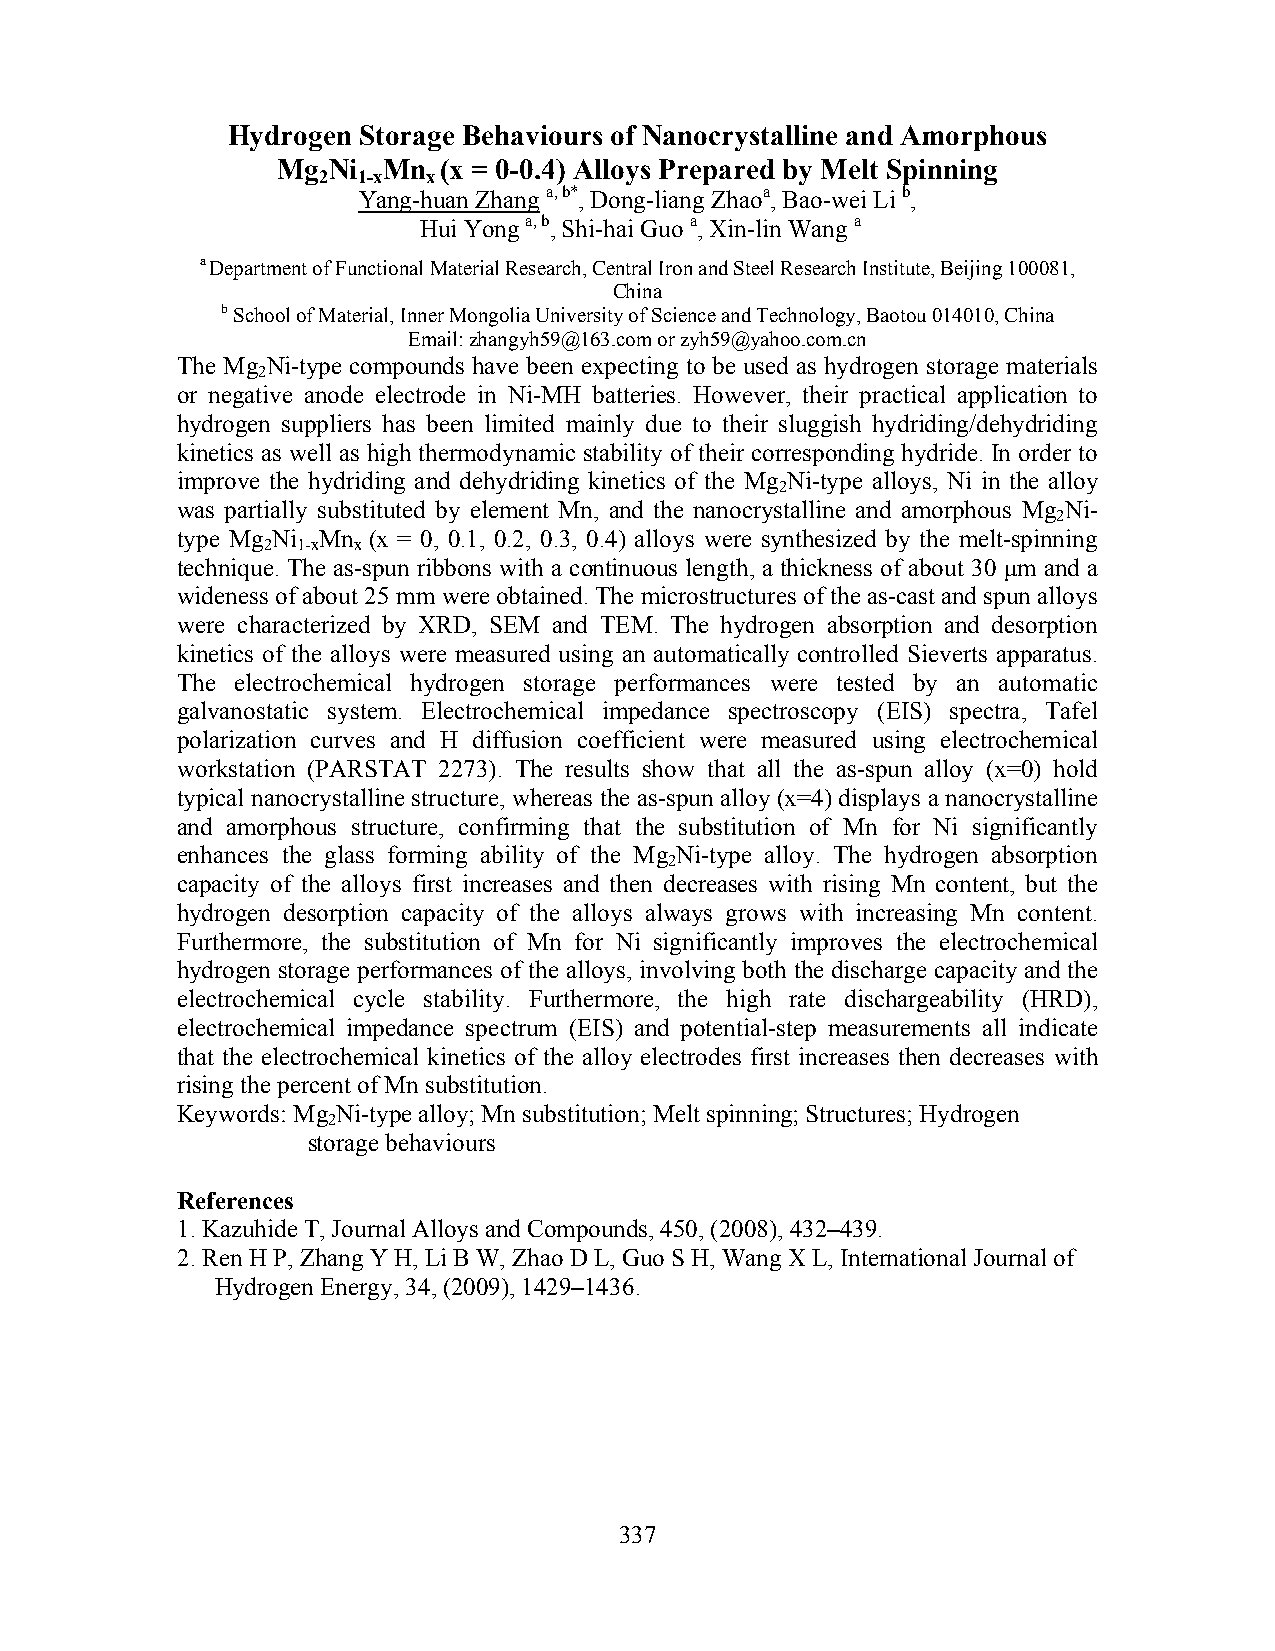
Hydrogen Storage Behaviours of Nanocrystalline and Amorphous
 Mg  Ni Mn  (x = 0-0.4) Alloys Prepared by Melt Spinning
 2  1-x x
 Yang-huan Zhang a, b*, Dong-liang Zhaoa, Bao-wei Li b,
 Hui Yong a, b, Shi-hai Guo a, Xin-lin Wang a
 a Department of Functional Material Research, Central Iron and Steel Research Institute, Beijing 100081,
 China
 b School of Material, Inner Mongolia University of Science and Technology, Baotou 014010, China
 Email: zhangyh59@163.com or zyh59@yahoo.com.cn
 The Mg Ni-type compounds have been expecting to be used as hydrogen storage materials
 2
 or negative anode electrode in Ni-MH batteries. However, their practical application to
 hydrogen suppliers has been limited mainly due to their sluggish hydriding/dehydriding
 kinetics as well as high thermodynamic stability of their corresponding hydride. In order to
 improve the hydriding and dehydriding kinetics of the Mg Ni-type alloys, Ni in the alloy
 2
 was partially substituted by element Mn, and the nanocrystalline and amorphous Mg Ni-
 2
 type Mg Ni Mn (x = 0, 0.1, 0.2, 0.3, 0.4) alloys were synthesized by the melt-spinning
 2  1-x x
 technique. The as-spun ribbons with a continuous length, a thickness of about 30 μm and a
 wideness of about 25 mm were obtained. The microstructures of the as-cast and spun alloys
 were characterized by XRD, SEM and TEM. The hydrogen absorption and desorption
 kinetics of the alloys were measured using an automatically controlled Sieverts apparatus.
 The electrochemical hydrogen storage performances were tested by an automatic
 galvanostatic system. Electrochemical impedance spectroscopy (EIS) spectra, Tafel
 polarization curves and H diffusion coefficient were measured using electrochemical
 workstation (PARSTAT 2273). The results show that all the as-spun alloy (x=0) hold
 typical nanocrystalline structure, whereas the as-spun alloy (x=4) displays a nanocrystalline
 and amorphous structure, confirming that the substitution of Mn for Ni significantly
 enhances the glass forming ability of the Mg Ni-type alloy. The hydrogen absorption
 2
 capacity of the alloys first increases and then decreases with rising Mn content, but the
 hydrogen desorption capacity of the alloys always grows with increasing Mn content.
 Furthermore, the substitution of Mn for Ni significantly improves the electrochemical
 hydrogen storage performances of the alloys, involving both the discharge capacity and the
 electrochemical cycle stability. Furthermore, the high rate dischargeability (HRD),
 electrochemical impedance spectrum (EIS) and potential-step measurements all indicate
 that the electrochemical kinetics of the alloy electrodes first increases then decreases with
 rising the percent of Mn substitution.
 Keywords: Mg Ni-type alloy; Mn substitution; Melt spinning; Structures; Hydrogen
 2
 storage behaviours
 References
 1. Kazuhide T, Journal Alloys and Compounds, 450, (2008), 432–439.
 2. Ren H P, Zhang Y H, Li B W, Zhao D L, Guo S H, Wang X L, International Journal of
 Hydrogen Energy, 34, (2009), 1429–1436.
 337